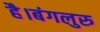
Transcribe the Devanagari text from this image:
है।बंगलुरु